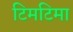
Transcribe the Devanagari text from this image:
टिमटिमा